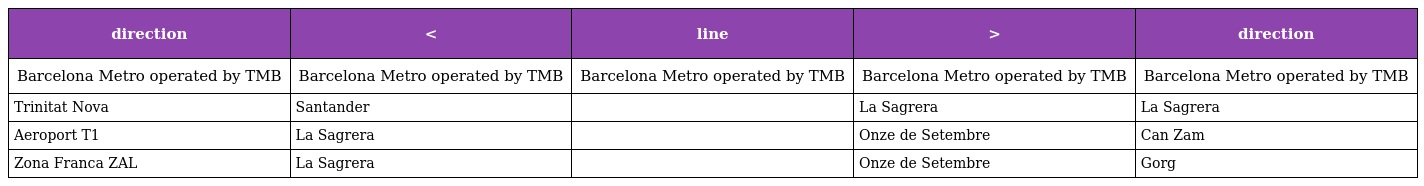
| direction | < | line | > | direction |
 | --- | --- | --- | --- | --- |
 | Barcelona Metro operated by TMB | Barcelona Metro operated by TMB | Barcelona Metro operated by TMB | Barcelona Metro operated by TMB | Barcelona Metro operated by TMB |
 | Trinitat Nova | Santander |  | La Sagrera | La Sagrera |
 | Aeroport T1 | La Sagrera |  | Onze de Setembre | Can Zam |
 | Zona Franca ZAL | La Sagrera |  | Onze de Setembre | Gorg |